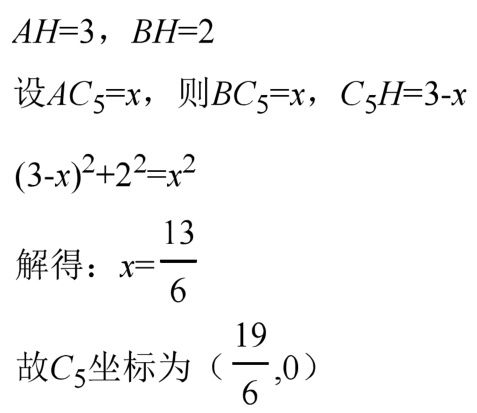
\(AH = 3，BH = 2\)
设\(AC_{5}=x\)，则\(BC_{5}=x\)，\(C_{5}H = 3 - x\)
\((3 - x)^{2}+2^{2}=x^{2}\)
解得：\(x=\dfrac{13}{6}\)
故\(C_{5}\)坐标为（\(\dfrac{19}{6},0\)）